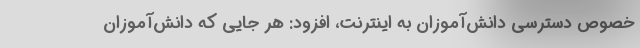
خصوص دسترسی دانش‌آموزان به اینترنت، افزود: هر جایی که دانش‌آموزان